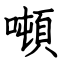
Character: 噸